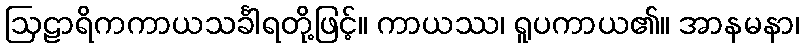
ဩဠာရိကကာယသင်္ခါရတို့ဖြင့်။ ကာယဿ၊ ရူပကာယ၏။ အာနမနာ၊